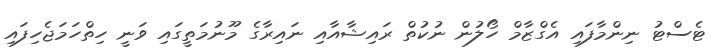
ޓެސްޓު ނިންމާފައި އެގްޒާމް ހޯލުން ނުކުތް ރައިޝާއާއި ނައިރާގެ މޫނުމަތީގައި ވަނީ ހިތްހަމަޖެހިފައި